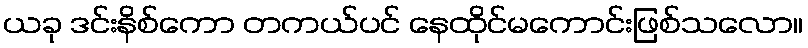
ယခု ဒင်းနိစ်ကော တကယ်ပင် နေထိုင်မကောင်းဖြစ်သလော။